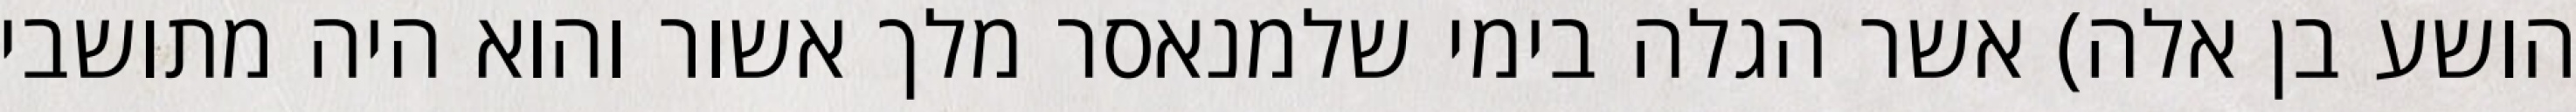
הושע בן אלה) אשר הגלה בימי שלמנאסר מלך אשור והוא היה מתושבי